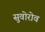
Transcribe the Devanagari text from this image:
सुवोरोव